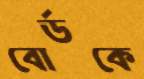
বোর্ডকে